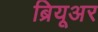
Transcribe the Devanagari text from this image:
ब्रियूअर